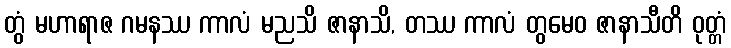
တွံ မဟာရာဇ ဂမနဿ ကာလံ မညသိ ဇာနာသိ, တဿ ကာလံ တွမေဝ ဇာနာသီတိ ဝုတ္တံ